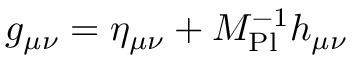
g _ { \mu \nu } = \eta _ { \mu \nu } + M _ { \mathrm { P l } } ^ { - 1 } h _ { \mu \nu }